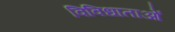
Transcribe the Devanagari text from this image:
विविधाताओं